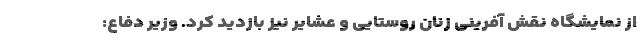
از نمایشگاه نقش آفرینی زنان روستایی و عشایر نیز بازدید کرد. وزیر دفاع: